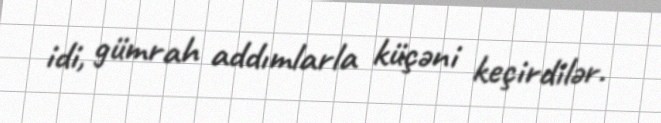
idi, gümrah addımlarla küçəni keçirdilər.